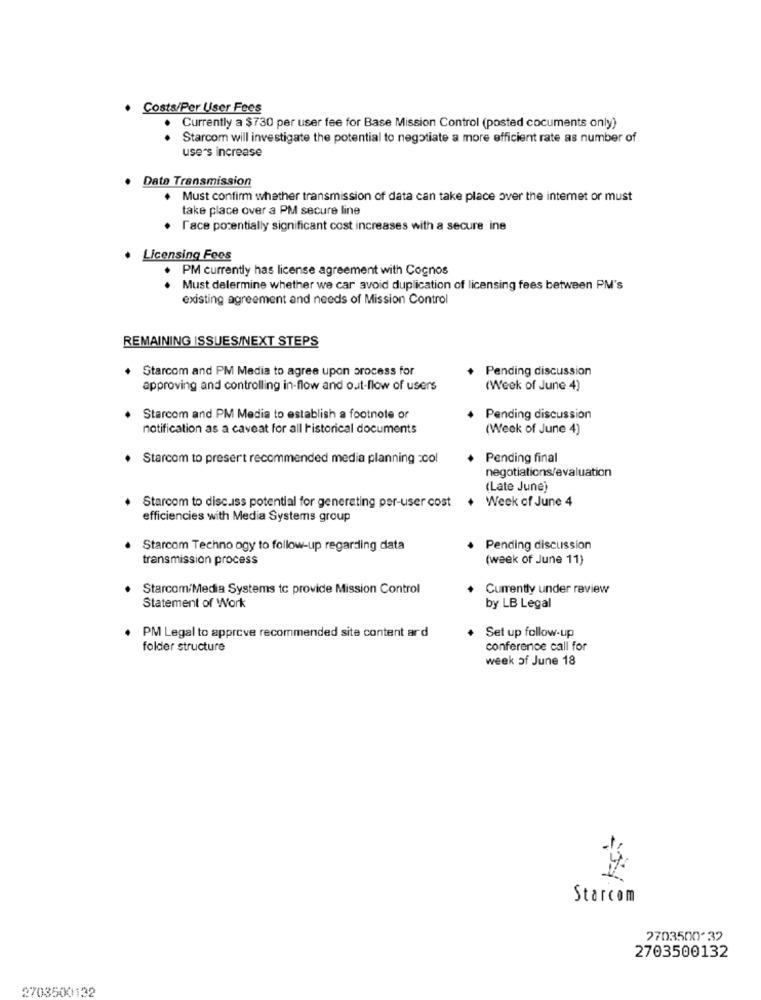
· Costs/Per User Fees
Currently a $730 per user fee for Base Mission Control (posted cocuments only)
Starcom will investigate the potential to negotiate a more efficient rate as number of
users increase
Data Transmission
. Must confirm whether transmission of data can take place over the internet or must
take place over a PM secure line
. Face potentially significant cost increases with a secure ine
Licensing Fees
PM currently has license agreement with Cognos
Must delermine whether we car avoid duplication of licensing fees between PM's
existing agreement and needs of Mission Control
REMAINING ISSUES/NEXT STEPS
Starcom and PM Media to agree upon process for
Pending discussion
approving and controlling in-flow and out-flow of users
(Week of June 4)
Starcom and PM Media to establish a footnote or
Pending discussion
notification as a caveat for all historical documents
(Week of June 4)
Starcom to presert recommended media planning :001
Pending final
negotiations/evaluation
(Late June)
Week of June 4
Starcom to disc.iss potential for generating per-user cost
efficiencies with Media Systems group
Starcom Techno ogy to follow-up regarding data
Pending discussion
transmission process
(week of June 11)
. Starcom/Media Systems to provide Mission Control
Currently under review
Statement of Work
by LB Legal
PM Legal to approve recommended site content ard
Set up follow-up
folder structure
conference call for
week of June 18
Starcom
2703500-32
2703500132
2703500132